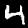
Digit: 4